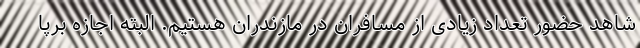
شاهد حضور تعداد زیادی از مسافران در مازندران هستیم. البته اجازه برپا